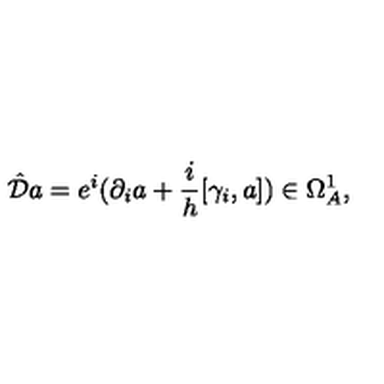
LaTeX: \hat { { \cal { D } } } a = e ^ { i } ( \partial _ { i } a + \frac { i } { h } [ \gamma _ { i } , a ] ) \in \Omega _ { A } ^ { 1 } ,